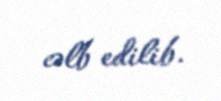
cəlb edilib.